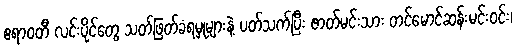
ဧရာဝတီ လင်းပိုင်တွေ သတ်ဖြတ်ခံရမှုများနဲ့ ပတ်သက်ပြီး ဇာတ်မင်းသား တင်မောင်ဆန်းမင်းဝင်း၊